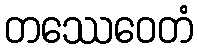
တဿေဝေတံ